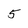
Character: 5